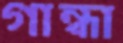
গান্ধা